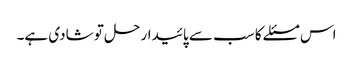
اس مسئلے کا سب سے پائیدار حل تو شادی ہے۔